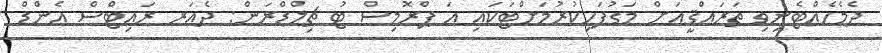
ދެމެހެއްޓެނިވި ތަރައްޤީއަށް މަގުފަހިކުރުމަށްޓަކައި އަ ޕްރޮމިސް ޓު ޗިލްޑްރަން: ދެއަރ ރައިޓްސް އެންޑް